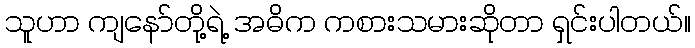
သူဟာ ကျနော်တို့ရဲ့ အဓိက ကစားသမားဆိုတာ ရှင်းပါတယ်။